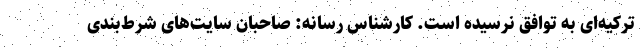
ترکیه‌ای به توافق نرسیده است. کارشناس رسانه: صاحبان سایت‌های شرط‌بندی